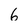
Character: 6